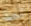
أحد